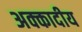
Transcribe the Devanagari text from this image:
अक्कादीय